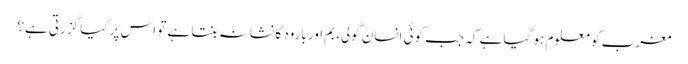
مغرب کو معلوم ہو گیا ہے کہ جب کوئی انسان گولی، بم اور بارود کا نشانہ بنتا ہے تو اس پر کیا گزرتی ہے؟